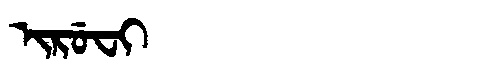
Manchu: ᡳᡵᡠᠸᡳ
Romanization: IRUFI